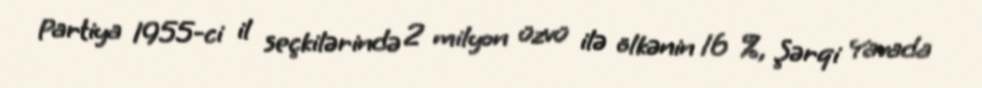
Partiya 1955-ci il seçkilərində 2 milyon üzvü ilə ölkənin 16 %, Şərqi Yavada